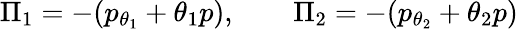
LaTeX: \Pi_{1}=-(p_{\theta_{1}}+\theta_{1}p),\qquad\Pi_{2}=-(p_{\theta_{2}}+\theta_{2}p)